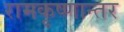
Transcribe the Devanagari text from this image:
रामकृष्णान्तर